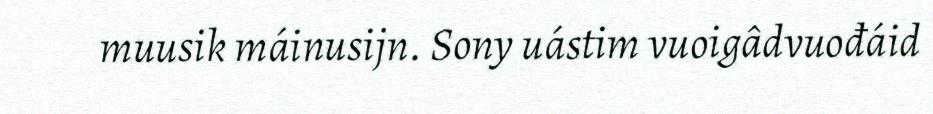
muusik máinusijn. Sony uástim vuoigâdvuođáid